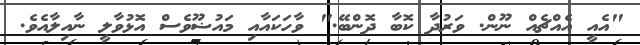
"އެއީ އެއްޗެއް ނޫން. ވަރުދާ ކޮބާ ދޮންބޭ." ވާހަކައާއި މައުޟޫވެސް އޮޅުވާލީ ނާއިލާއެވެ.